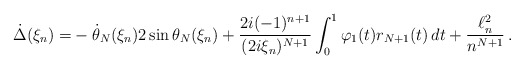
\begin{align*}\dot\Delta(\xi_n)=& -\dot \theta_N(\xi_n)2 \sin \theta_N(\xi_n)+ \frac{2i(-1)^{n+1}}{(2i\xi_n)^{N+1}}\int_0^1\varphi_1(t)r_{N+1}(t)\,dt+\frac{\ell^2_n}{n^{N+1}}\,.\end{align*}